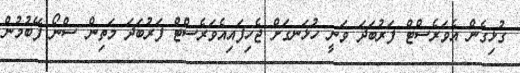
ގުޅިގެން އެވަރެސްޓް ފަރުބަދަ ވަނީ ހުޅަނގަށް ޖެހިފައިއެވަރެސްޓް ފަރުބަދަ މަތިން ސްނޯ ފޭބުމުން